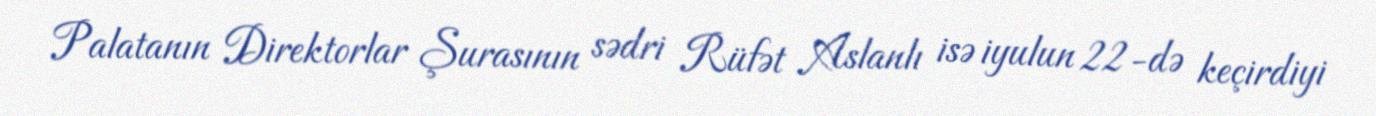
Palatanın Direktorlar Şurasının sədri Rüfət Aslanlı isə iyulun 22-də keçirdiyi